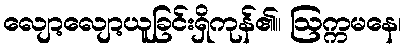
လျော့လျော့ယူခြင်းရှိကုန်၏။ ဩက္ကမနေ၊